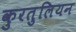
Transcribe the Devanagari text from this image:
कुरतुलियन